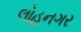
લોહનગર